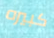
كبيره